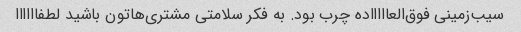
سیب‌زمینی فوق‌العاااااده چرب بود. به فکر سلامتی مشتری‌هاتون باشید لطفاااااا